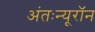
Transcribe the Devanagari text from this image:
अंतःन्यूरॉन